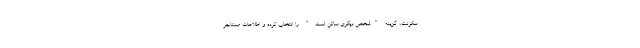
سکونت، گزینه "شخص دیگری ساکن است." را انتخاب کرده و اطلاعات مستاجر